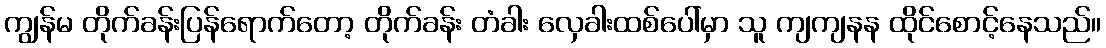
ကျွန်မ တိုက်ခန်းပြန်ရောက်တော့ တိုက်ခန်း တံခါး လှေခါးထစ်ပေါ်မှာ သူ ကျကျနန ထိုင်စောင့်နေသည်။